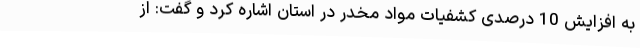
به افزایش 10 درصدی کشفیات مواد مخدر در استان اشاره کرد و گفت: از